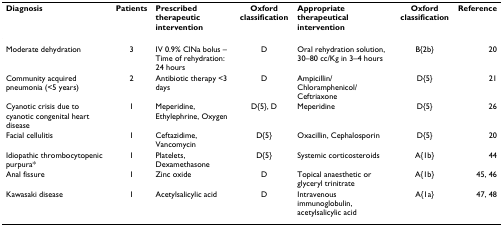
| Diagnosis | Patients | Prescribed therapeutic intervention | Oxford classification | Appropriate therapeutical intervention | Oxford classification | Reference |
 | --- | --- | --- | --- | --- | --- | --- |
 | Moderate dehydration | 3 | IV 0.9% ClNa bolus – Time of rehydration: 24 hours | D | Oral rehydration solution, 30–80 cc/Kg in 3–4 hours | B{2b} | 20 |
 | Community acquired pneumonia (<5 years) | 2 | Antibiotic therapy <3 days | D | Ampicillin/Chloramphenicol/Ceftriaxone | D{5} | 21 |
 | Cyanotic crisis due to cyanotic congenital heart disease | 1 | Meperidine, Ethylephrine, Oxygen | D{5}, D | Meperidine | D{5} | 26 |
 | Facial cellulitis | 1 | Ceftazidime, Vancomycin | D{5} | Oxacillin, Cephalosporin | D{5} | 20 |
 | Idiopathic thrombocytopenic purpura* | 1 | Platelets, Dexamethasone | D{5} | Systemic corticosteroids | A{1b} | 44 |
 | Anal fissure | 1 | Zinc oxide | D | Topical anaesthetic or glyceryl trinitrate | A{1b} | 45, 46 |
 | Kawasaki disease | 1 | Acetylsalicylic acid | D | Intravenous immunoglobulin, acetylsalicylic acid | A{1a} | 47, 48 |